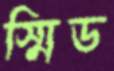
স্মিড